Civil Veterinary Dept. Bombay admin report 1923-31 - 1923-1931
Year: 1923
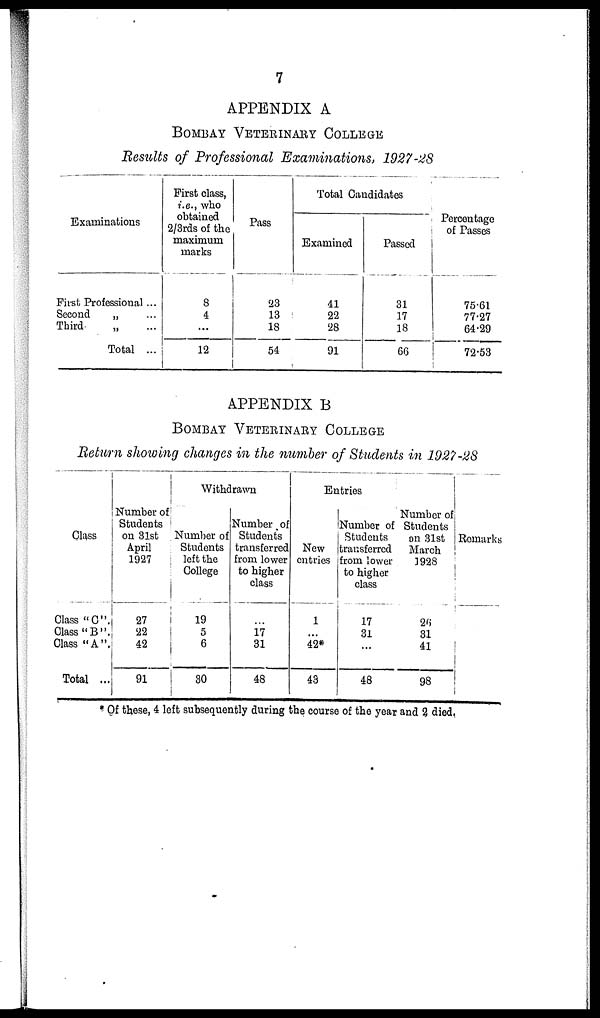
7
APPENDIX A
BOMBAY VETERINARY COLLEGE
Results of Professional Examinations, 1927-28
Examinations
First Professional ...
Second
„ ...
Third „ ...
Total ...
First class,
i.e., who
obtained
2/3rds of the
maximum
marks
8
4
...
12
Pass
23
13
18
54
Total Candidates
Examined
41
22
28
91
Passed
31
17
18
66
Percentage
of Passes
75.61
77.27
64.29
72.53
APPENDIX B
BOMBAY VETERINARY COLLEGE
Return showing changes in the number of Students in 1927-28
Class
Class "C".
Class "B".
Class "A".
Total ...
Number of
Students
on 31st
April
1927
27
22
42
91
Withdrawn
Number of
Students
left the
College
19
5
6
30
Number of
Students
transferred
from lower
to higher
class
...
17
31
48
Entries
New
entries
1
...
42*
43
Number of
Students
transferred
from lower
to higher
class
17
31
...
48
Number of
Students
on 31st
March
1928
26
31
41
98
Remarks
* Of these, 4 left subsequently during the course of the year and 2 died.